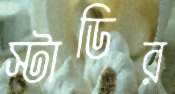
স্টাডির